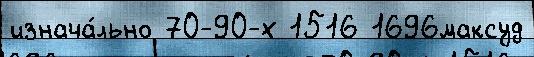
изнача́льно 70-90-х 1516 1696максуд